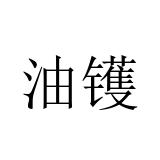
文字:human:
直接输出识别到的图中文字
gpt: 油镬